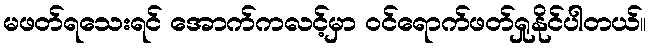
မဖတ်ရသေးရင် အောက်ကလင့်မှာ ဝင်ရောက်ဖတ်ရှုနိုင်ပါတယ်။